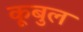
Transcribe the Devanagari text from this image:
कूबुल